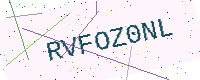
Text: RVFOZ0NL